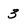
Character: 3